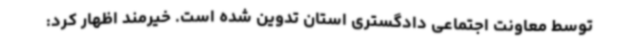
توسط معاونت اجتماعی دادگستری استان تدوین شده است. خیرمند اظهار کرد: